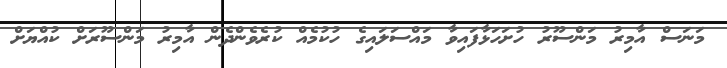
މަނަސް އާމިރު މަންސޫރު ހުށަހަޅާފައިވާ މައްސަލައިގެ ހުކުމެއް ކުރެވެންދެން އާމިރު މަންސޫރަށް ކުއްޔަށް